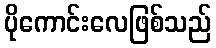
ပိုကောင်းလေဖြစ်သည်